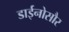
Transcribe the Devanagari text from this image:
डाईनोसौर